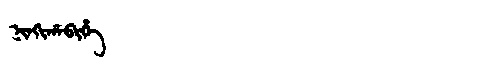
Manchu: ᠨᡳᠨᡴᡳᡥᠠᠪᡳᡥᡝ
Romanization: NINKIHABIHE